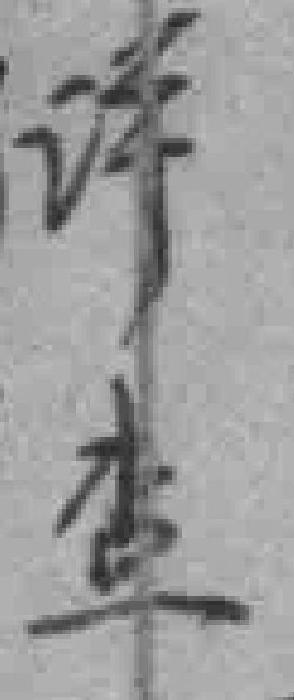
许查